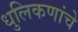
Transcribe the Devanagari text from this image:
धुलिकणांचे